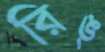
রিঙ্